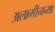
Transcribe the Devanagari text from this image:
अलामीनच्या